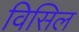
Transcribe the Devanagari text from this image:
विसिल